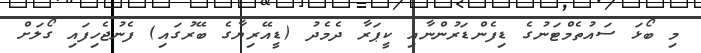
މި ބޯޅަ ސައުތެމްޓަނުގެ ޑިފެންޑަރުންނާއި ކީޕަރާ ދެމެދު (ޑީއޭރިޔާގެ ބޭރުގައި) ފެނުޖެހިފައި ގޯލަށް